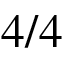
4 / 4